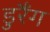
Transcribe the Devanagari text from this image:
डुरैंग